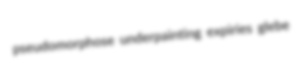
pseudomorphose underpainting expiries glebe